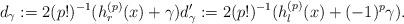
LaTeX: \begin{align*}d_{\gamma}:=2(p!)^{-1}(h^{(p)}_{r}(x)+\gamma) d'_{\gamma}:=2(p!)^{-1}(h^{(p)}_{l}(x)+ (-1)^{p}\gamma).\end{align*}